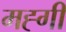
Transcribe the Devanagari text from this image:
मह्गी